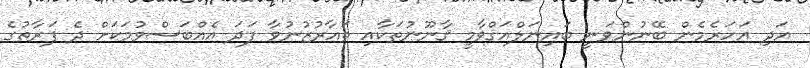
އަދި އަހަރެމެން ބޭނުންވަނީ ބައިނަލްއަޤްވާމީ ޤާނޫނުތަކާއި ތައާރުޒުނުވާ ފަދަ އެއްބަސްވުމަކަށް ދެ ފަރާތުގެ